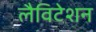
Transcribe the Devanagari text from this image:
लैविटेशन